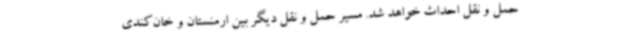
حمل و نقل احداث خواهد شد. مسیر حمل و نقل دیگر بین ارمنستان و خان‌کندی